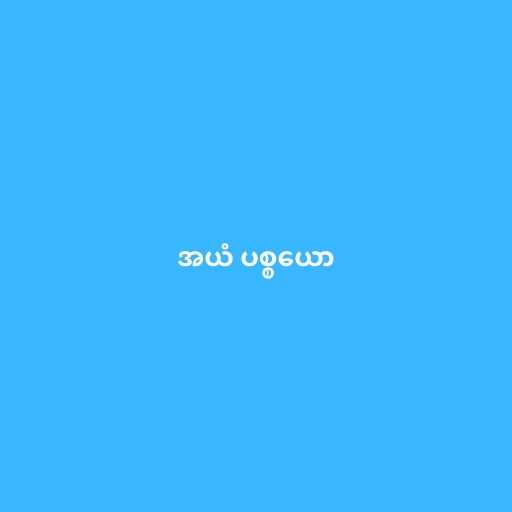
အယံ ပစ္စယော